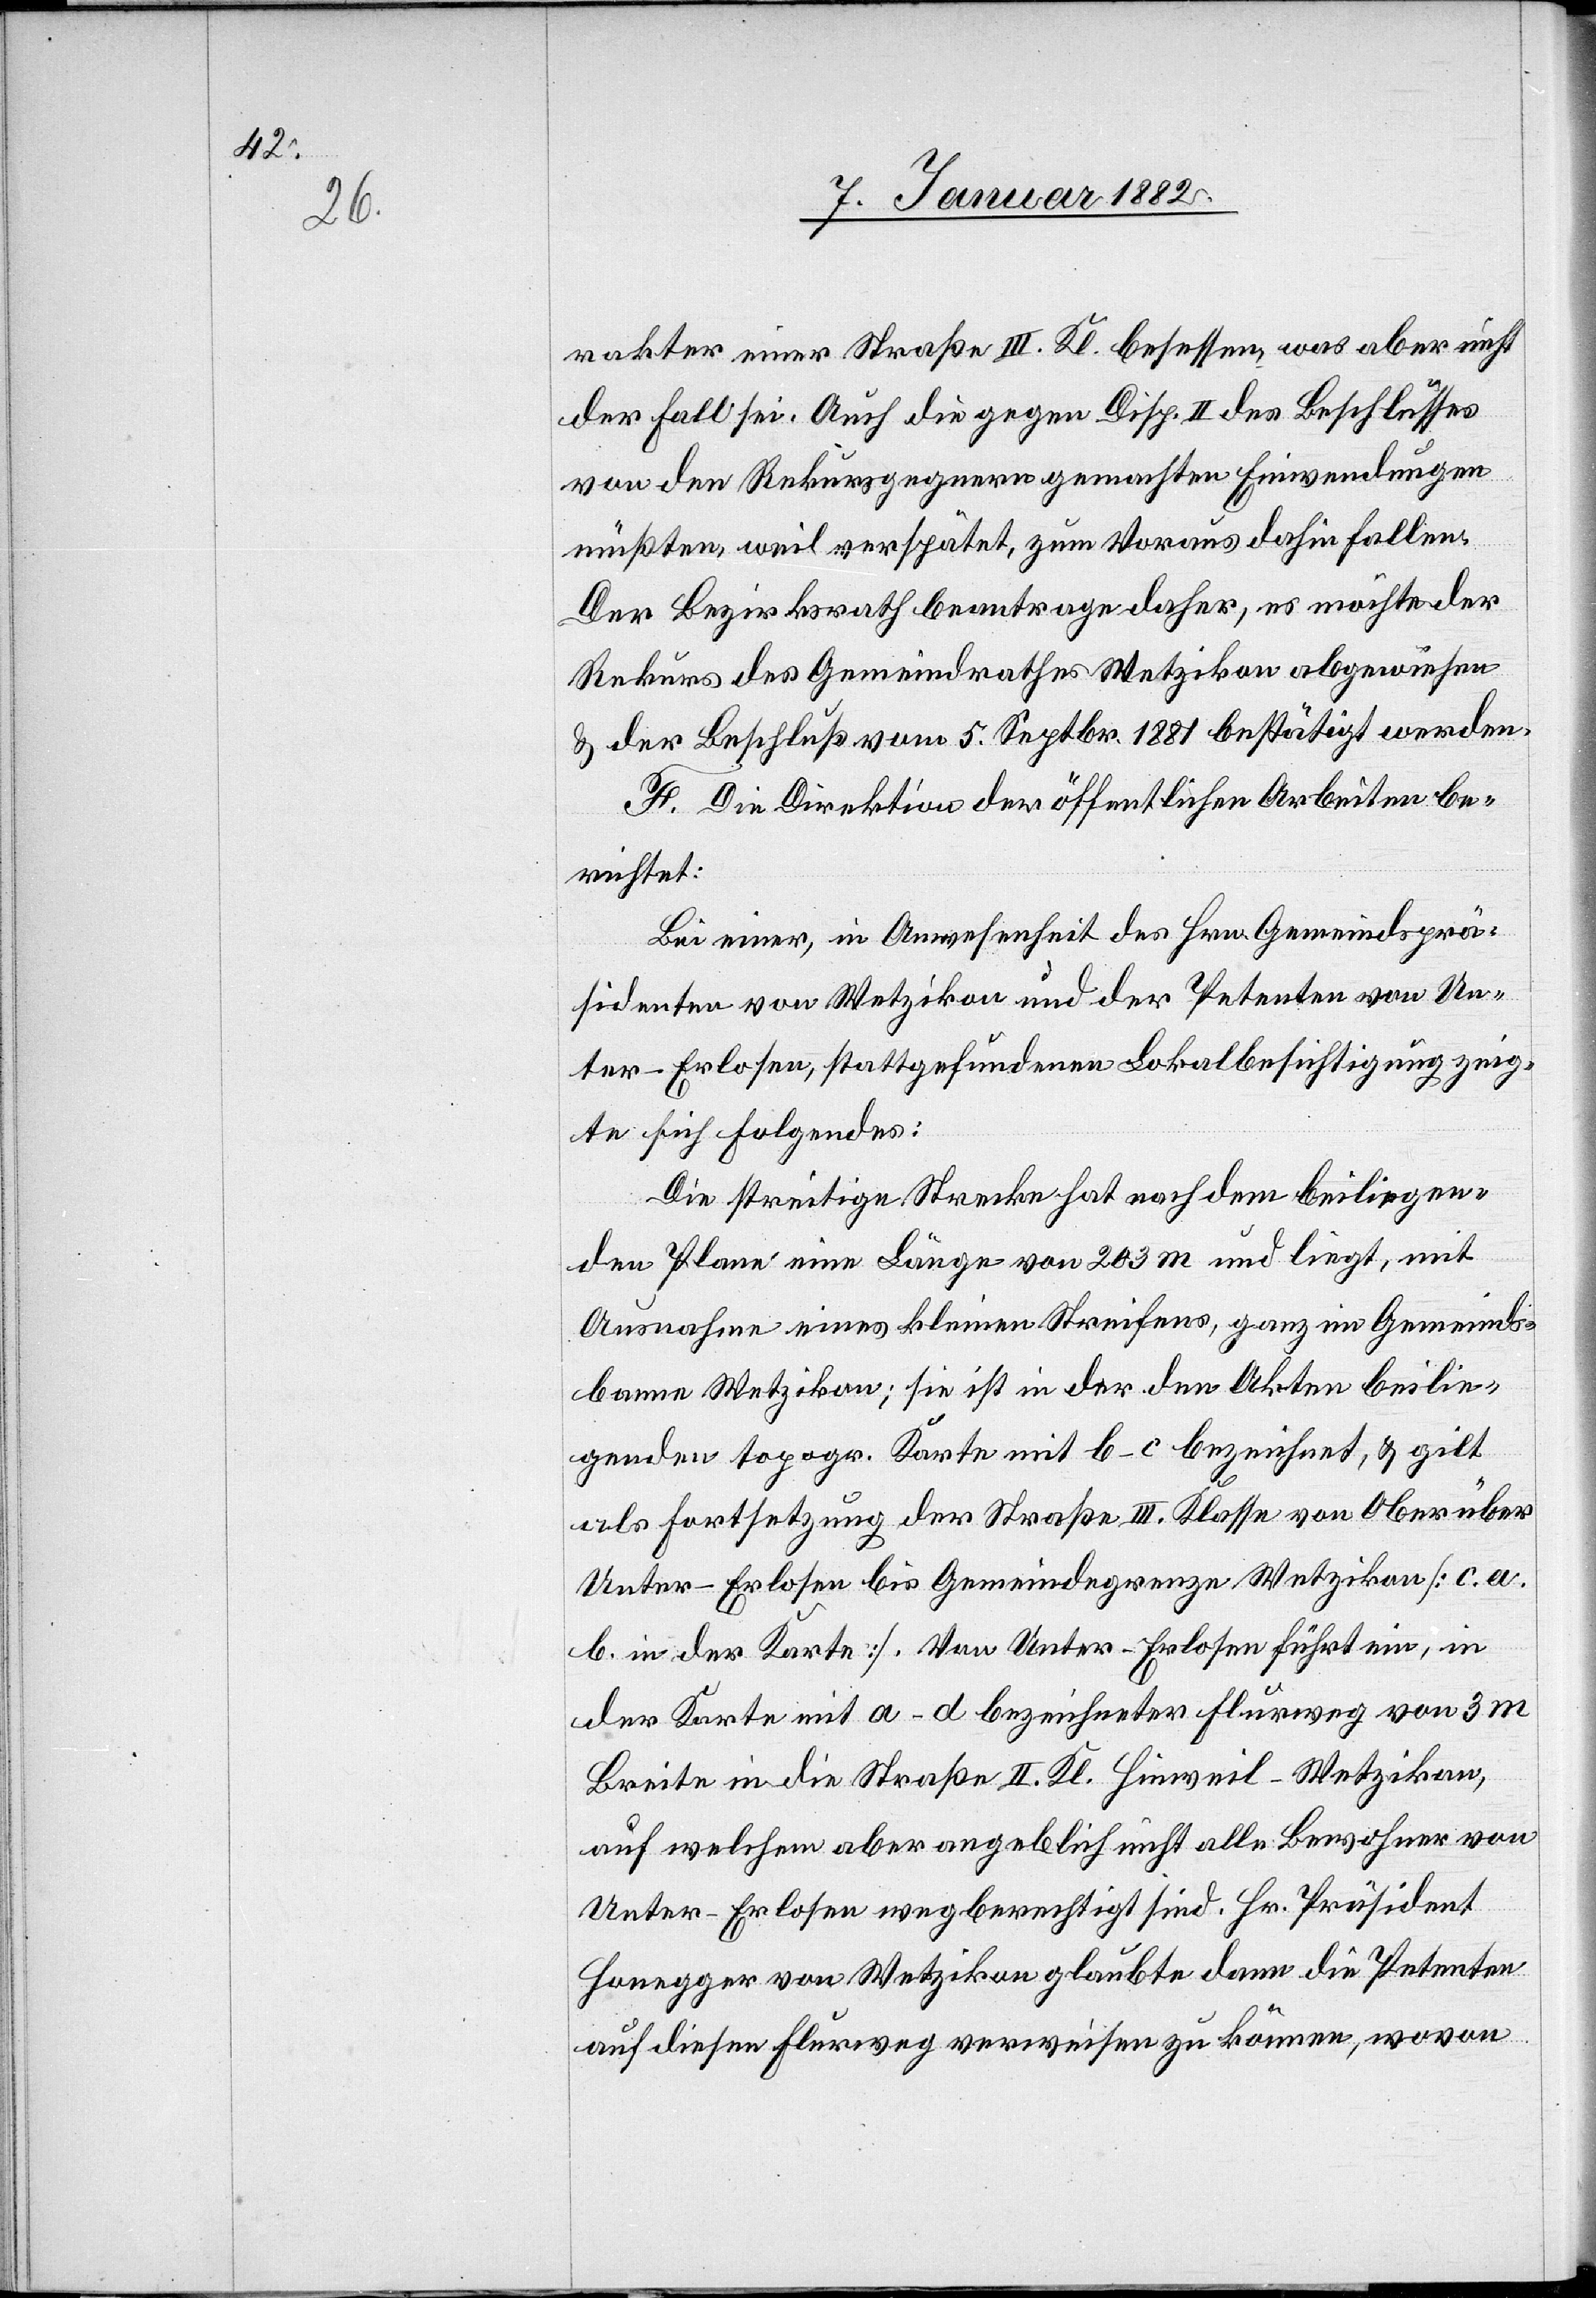
rakter einer Straße III. Kl. besessen, was aber nicht
der Fall sei. Auch die gegen Disp. II. des Beschlusses
von den Rekursgegnern gemachten Einwendungen
müßten, weil verspätet, zum Voraus dahin fallen.
Der Bezirksrath beantrage daher, es möchte der
Rekurs des Gemeindrathes Wetzikon abgewiesen
& der Beschluß vom 5. Septbr. 1881 bestätigt werden.
F. Die Direktion der öffentlichen Arbeiten be¬
richtet:
Bei einer, in Anwesenheit des Hrn. Gemeindsprä¬
sidenten von Wetzikon und der Petenten von Un¬
ter-Erlosen, stattgefundenen Lokalbesichtigung zeig¬
te sich Folgendes:
Die streitige Strecke hat nach dem beiliegen¬
den Plan eine Länge von 203 m und liegt, mit
Ausnahme eines kleinen Streifens, ganz im Gemeinds¬
bann Wetzikon; sie ist in der den Akten beilie¬
genden topogr. Karte mit b–c bezeichnet, & gilt
als Fortsetzung der Straße III. Klasse von Ober[-] über
Unter-Erlosen bis Gemeindegrenze Wetzikon [c. a.
b. in der Karte]. Von Unter-Erlosen führt ein, in
der Karte mit a–d bezeichneter Flurweg von 3 m
Breite in die Straße II. Kl. Hinweil–Wetzikon,
auf welcher aber angeblich nicht alle Bewohner von
Unter-Erlosen wegberechtigt sind. Hr. Präsident
Honegger von Wetzikon glaubte dann die Petenten
auf diesen Flurweg verweisen zu können, wovon